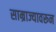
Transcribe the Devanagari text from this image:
साम्राज्यावरून